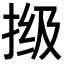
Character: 𫼾